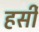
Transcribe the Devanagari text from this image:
हर्सीं